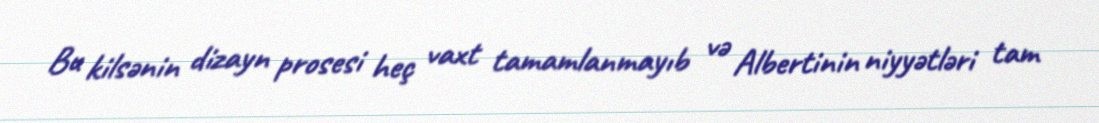
Bu kilsənin dizayn prosesi heç vaxt tamamlanmayıb və Albertinin niyyətləri tam